Annual report on the working of the mental hospitals in the Madras Presidency - 1912-1932
Year: 1912
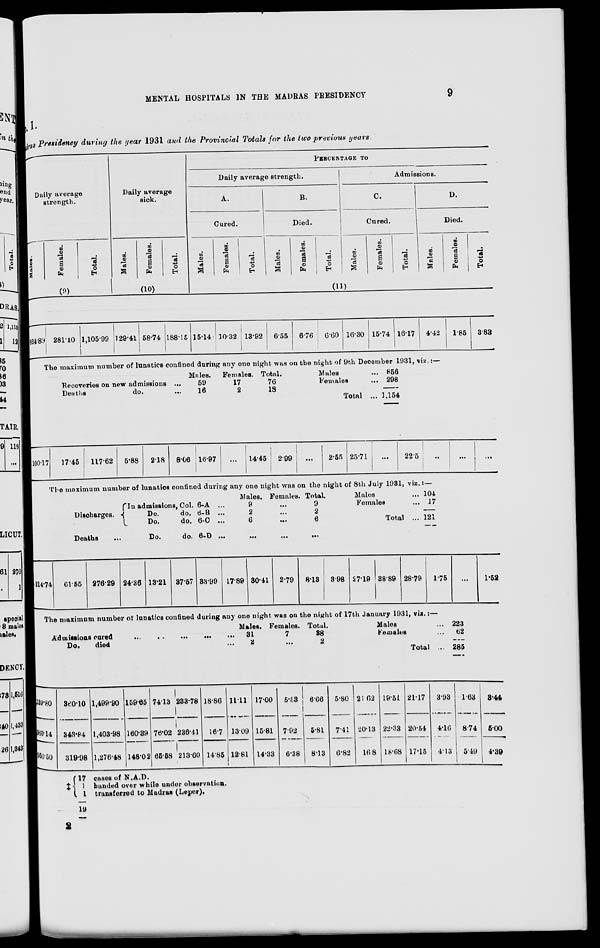
MENTAL HOSPITALS IN THE MADRAS PRESIDENCY
9
No. I
dras Presidency during the year 1931 and the Provincial Totals for the two previous years.
Daily average
strength.
Males.
Females.
Total.
(9)
Daily average
sick.
Males.
Females.
Total.
(10)
PERCENTAGE TO
Daily average strength.
A.
Cured.
Males.
Females.
Total.
B.
Died.
Males.
Females.
Total.
Admissions.
C.
Cured.
Males.
Females.
Total.
D.
Died.
Males.
Females.
Total.
(11)
824.89 281.10 1,105.99 129.41 58.74 188.15 15.14 10.32 1392
6.55 6.76
6.60 16.30 15.74 16.17 4.42
1.85
3.83
The maximum number of lunatics confined during any one night was on the night of 9th December 1931, viz.:—
Recoveries on new admissions ...
Deaths
do.
...
Males.
59
16
Females.
17
2
Total.
76
18
Males ...
Females ...
Total ...
100.17
17.45
117.62
5.88
2.18
8.06 16.97
...
14.45 2.99
...
2.55
856
298
1,154
25.71
...
22.5
...
The maximum number of lunatics confined during any one night was on the night of 8th July 1931, viz.:—
Discharges.
In admissions, Col.
Do.
do.
Do.
do.
6-A ...
6-B ...
6.C ...
Males.
9
2
6
females.
...
...
...
Total.
9
2
6
Males
Females
Total ...
104
17
121
Deaths
...
Do.
do. 6-D ...
214.74 GV65 276.29 24.36 13.21 37.57 33.99 17.89 30.41 2.79
8.13
3.98 27.19 3889 28.79
1.75
...
1.52
The maximum number of lunatics confined during any one night was on the night of 17th January 1931, viz.:—
Admissions
cured
... .. .
... ... ...
Do.
died ...
Males.
31
2
Females.
7
...
Total.
88
2
139.80
060.14
956.50
‡
360.10
343.84
319.98
1,499.90
1,403.98
1,276.48
159.65
160.39
148.02
74.13
76.02
65.58
233.78
236.41
213.60
18.86
16.7
14.85
11.11
13.09
12.81
17.00
15.81
14.33
5.53
7.92
6.38
6.66
5.81
8.13
5.80
7.41
6.82
21.62
20.13
16. 8
Males ...
Females
...
Total ...
19.51
22.33
18.68
21.17
20.54
17.15
3.93
4.16
4.13
223
62
285
1.63
8.74
5.49
3.44
5.00
4.39
17 cases of N.A.D.
1 handed over while under observation.
1
transferred to Madras (Leper).
19
2